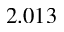
2 . 0 1 3